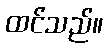
ထင်သည်။